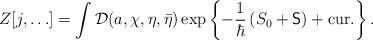
LaTeX: \begin{align*}Z[j,\ldots] = \int {\cal D}(a,\chi,\eta,\bar{\eta})\exp\left\{-\frac{1}{\hbar}\left(S_0+{\sf S}\right) + \mbox{cur.}\right\}.\end{align*}